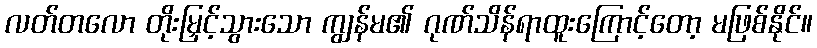
လတ်တလော တိုးမြှင့်သွားသော ကျွန်မ၏ ဂုဏ်သိန်ရာထူးကြောင့်တော့ မဖြစ်နိုင်။